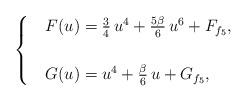
LaTeX: \begin{align*}\begin{aligned}\begin{cases}&F(u) =\frac{3}{4}\,u^4+\frac{5\beta}{6}\,u^6+F_{f_5},\\\\&G(u)=u^4+\frac{\beta}{6}\,u+G_{f_5},\end{cases}\end{aligned}\end{align*}